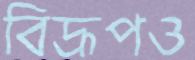
বিদ্রূপও